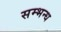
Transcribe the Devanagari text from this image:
सम्भन्ध